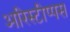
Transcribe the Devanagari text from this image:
अरिस्टीप्पस